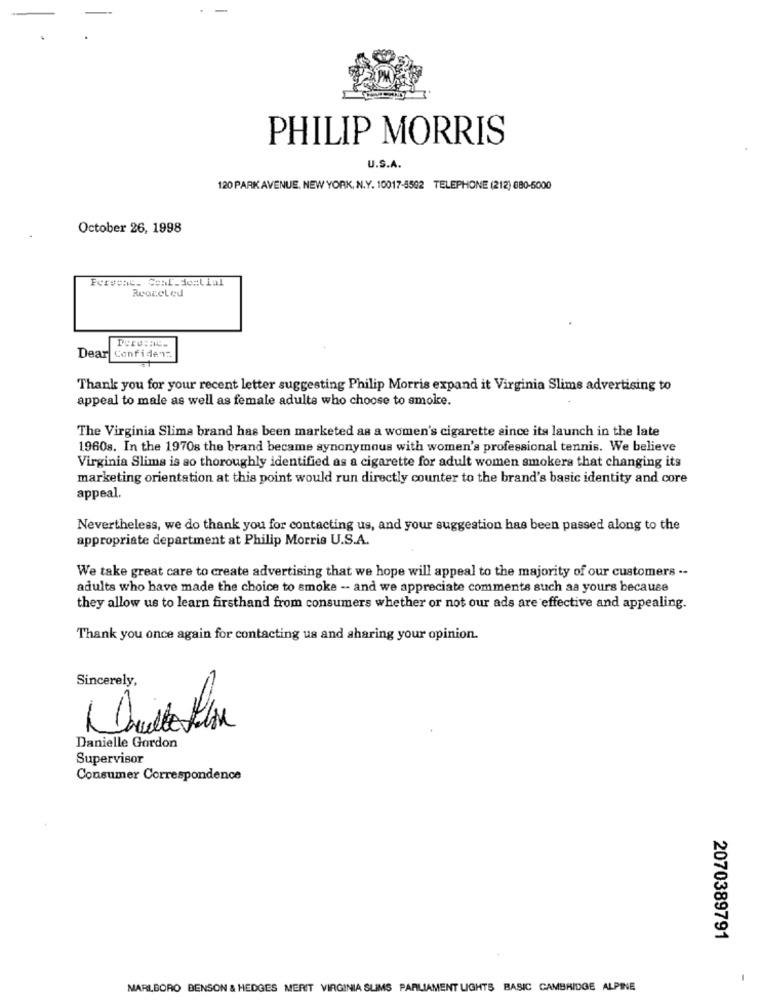
PHILIP MORRIS
U.S.A.
120 PARK AVENUE, NEW YORK, N.Y. 10017-5502 TELEPHONE (212) 880-5000
October 26, 1998
Reaccled
Dear Confiden:
Thank you for your recent letter suggesting Philip Morris expand it Virginia Slims advertising to
appeal to male as well as female adulte who choose to smoke.
The Virginia Slime brand has been marketed as a women's cigarette since its launch in the late
1960s. In the 1970s the brand became synonymous with women's professional tennis. We believe
Virginia Slims is so thoroughly identified as a cigarette for adult women smokers that changing its
marketing orientation at this point would run directly counter to the brand's basic identity and core
appeal.
Nevertheless, we do thank you for contacting us, and your suggestion has been passed along to the
appropriate department at Philip Morris U.S.A.
We take great care to create advertising that we hope will appeal to the majority of our customers .-
adults who have made the choice to smoke -- and we appreciate comments such aa yours because
they allow us to learn firsthand from consumers whether or not our ads are effective and appealing.
Thank you once again for contacting us and sharing your opinion.
Sincerely,
Danielle Gordon
Supervisor
Consumer Correspondence
2070389791
MARLBORO BENSON & HEDGES MERIT VIRGINIA SLIMS PARLIAMENT LIGHTS BASIC CAMBRIDGE ALPINE